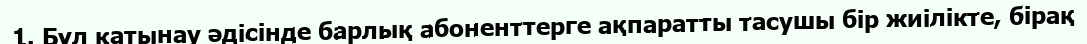
1. Бұл қатынау әдісінде барлық абоненттерге ақпаратты тасушы бір жиілікте, бірақ